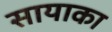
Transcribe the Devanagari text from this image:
सायाका